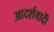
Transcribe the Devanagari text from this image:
आदर्शवादीें